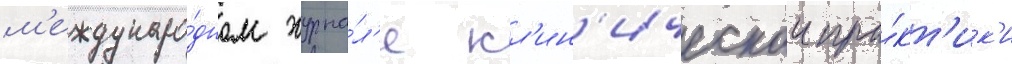
м'еждунаро́дном журна́л'е кл'ин'ическои пра́кт'ик'и